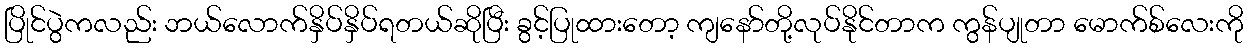
ပြိုင်ပွဲကလည်း ဘယ်လောက်နှိပ်နှိပ်ရတယ်ဆိုပြီး ခွင့်ပြုထားတော့ ကျနော်တို့လုပ်နိုင်တာက ကွန်ပျုတာ မောက်စ်လေးကို